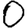
Digit: 0